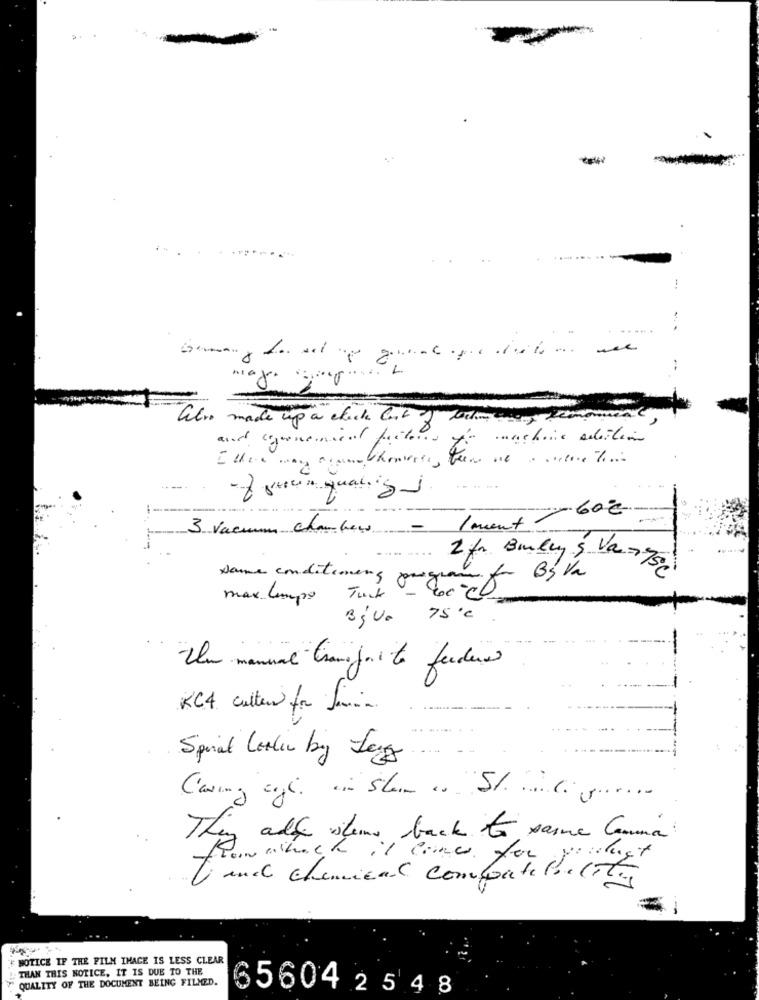
...
also made up a check list of todos osy 2
- fotoin quali gj
---
-60€
3 Vacuums chambers
-
1 ment
. ...
2 fr Bullys Va -750
samme conditioners program for By Va
max limpo
Bju. 75℃
Um manual transporte feeders
KC4 cutters for femin.
-
Spinal Cordin big Legg
Caring eigh. ein Sten es St. The grove
They add stems back to samme Comma
Romathach it crimes for youget
Ti and chemical compatibility
NOTICE IF THE FILM IMAGE IS LESS CLEAR
THAN THIS NOTICE, IT IS DUE TO THE
QUALITY OF THE DOCUMENT BEING FILMED.
65604 2 5 4 8